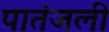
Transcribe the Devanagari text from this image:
पातंजली